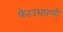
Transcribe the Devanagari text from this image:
फेरउभारणी